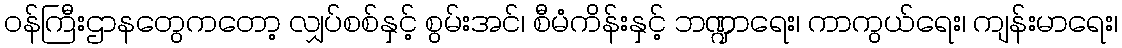
၀န်ကြီးဌာနတွေကတော့ လျှပ်စစ်နှင့် စွမ်းအင်၊ စီမံကိန်းနှင့် ဘဏ္ဍာရေး၊ ကာကွယ်ရေး၊ ကျန်းမာရေး၊